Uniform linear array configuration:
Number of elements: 16
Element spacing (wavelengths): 1
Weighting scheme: blackman
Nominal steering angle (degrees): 15
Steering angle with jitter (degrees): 16.594
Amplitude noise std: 0.05
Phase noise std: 0.05

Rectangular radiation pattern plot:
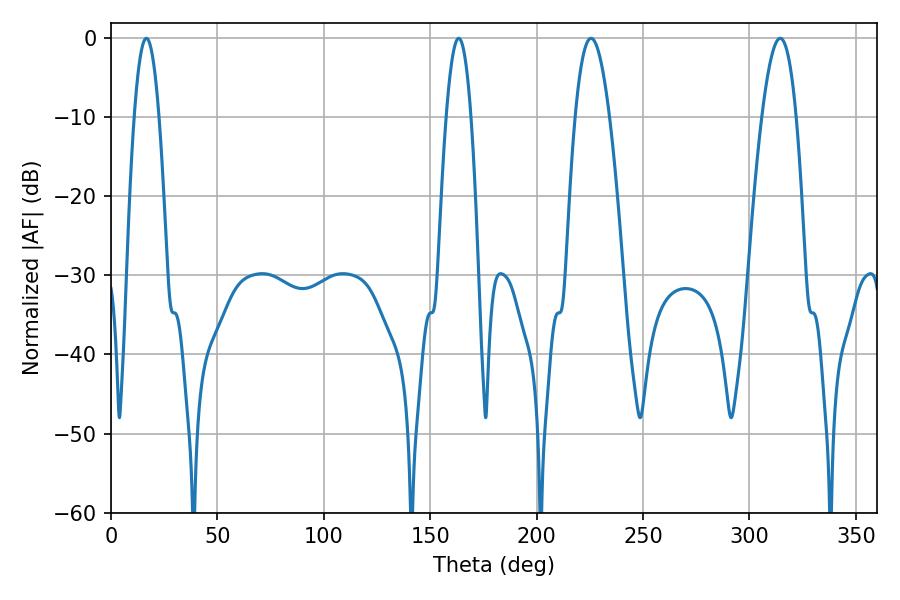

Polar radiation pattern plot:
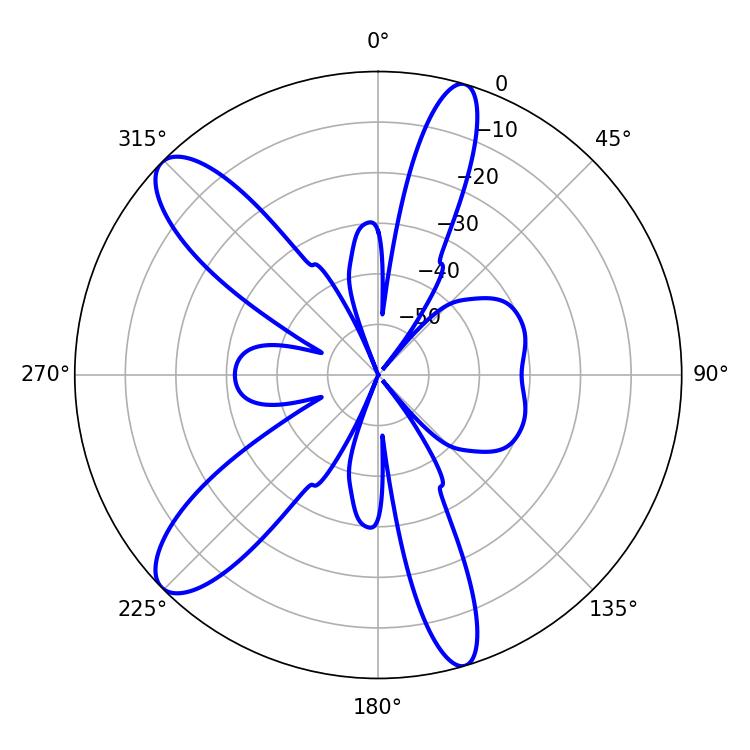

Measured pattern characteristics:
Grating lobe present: TRUE
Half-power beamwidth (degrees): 8.82
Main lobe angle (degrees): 225.54